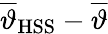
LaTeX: \overline{{\vartheta}}_{\mathrm{HSS}}-\overline{{\vartheta}}